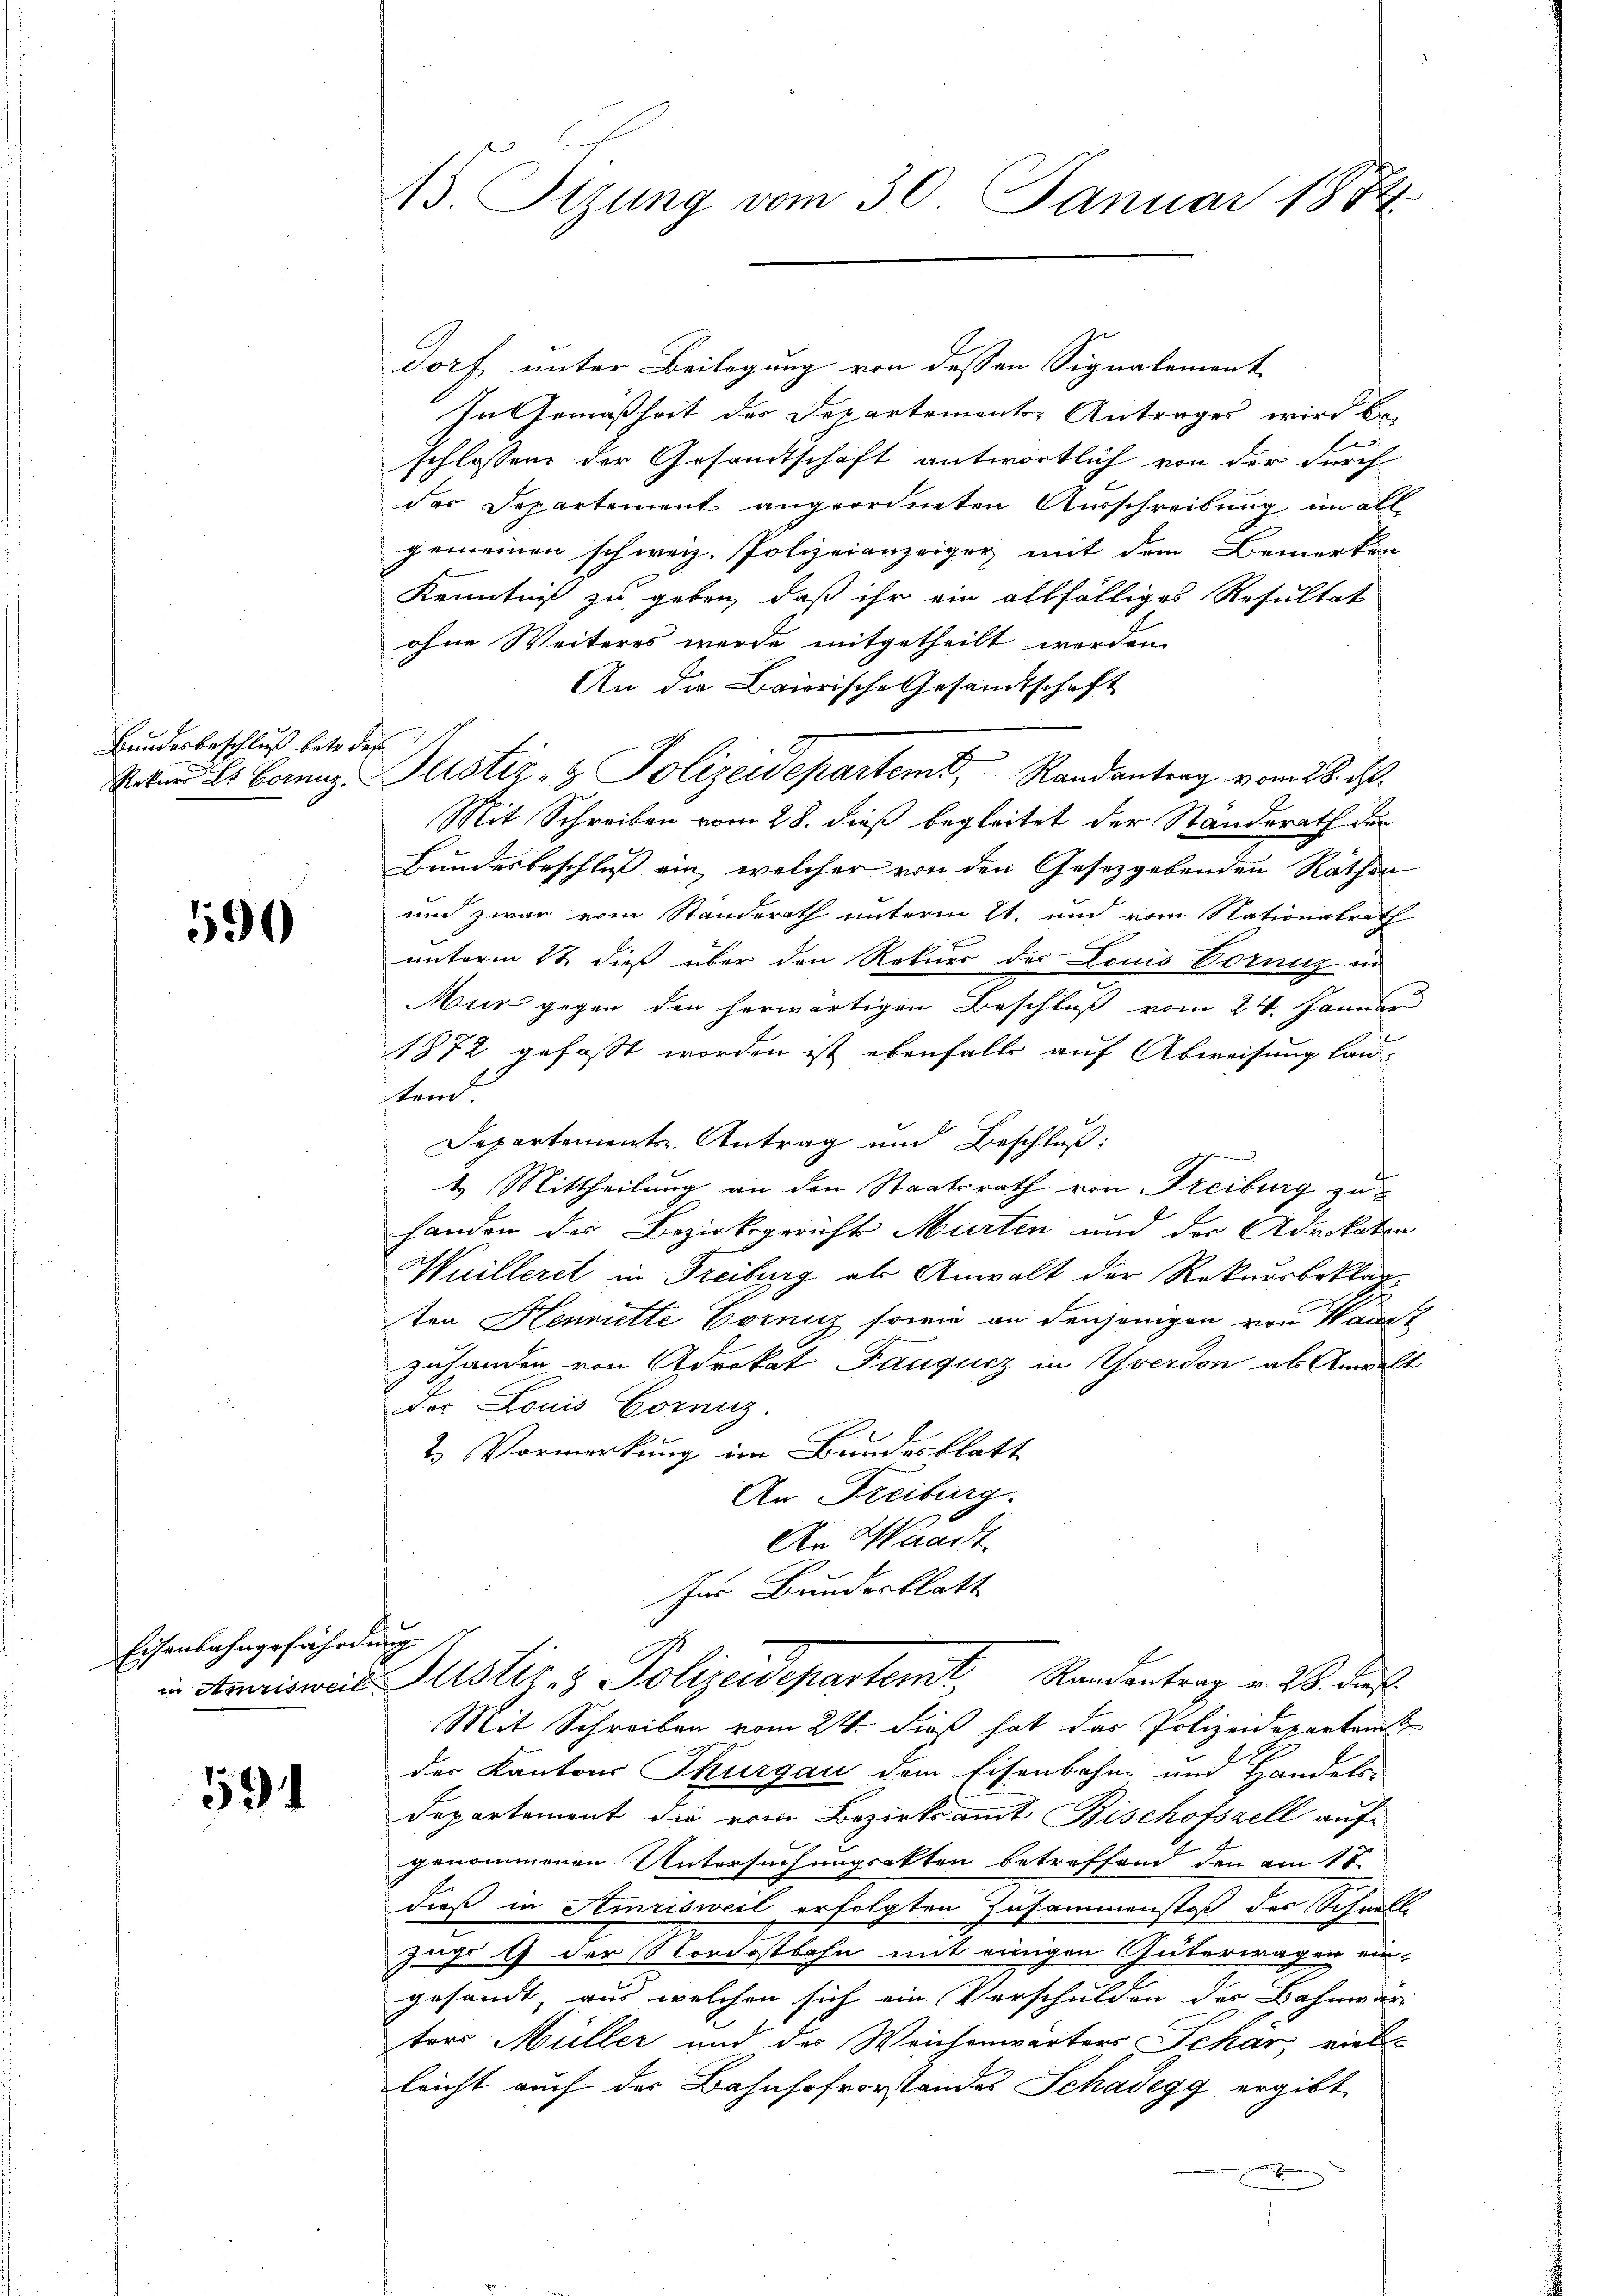
Bundesbeschluß betr. des

590

Eisenbahngefährdung

591

43. Stzung vom 30. Januar 1884

Dorf unter Beilegung von dessen Signalement
In Gemäßheit des Departements-Antrages wird be
schlossen der Gesandtschaft antwortlich von der durch
das Departement angeordneten Ausschreibung im all-
gemeinen schweiz. Polizeianzeiger mit dem Bemerken
Kenntniß zu geben, daß ihr ein allfälliges Resultat
ohne Weiteres wurde mitgetheilt werden.
An die Baierische Gesandtschaft
Mit Schreiben vom 28. dieß begleitet der Standerath der
Bundesbeschluß ein, welcher von den Gesetzgebenden Räthen
und zwar vom Standerath unterm 21. und vom Nationalrath
unterm 2t dieß über den Rekurs des Louis Voranz in
Mur gegen den herwärtigen Beschluß vom 24. Januar
1872 gefasst worden ist ebenfalls auf Abweisung lantend.
Departements Antrag und Beschluß:
4.) Mittheilung an den Staatsrath von Freiburg zu
handen des Bezirksgericht Murten und der Advokaten
Muilleret in Freiburg als Anwalt der Rekursbeklagten Hennitte Corniz sowie an denjenigen von Waadt
zuhanden von Advokat Pauqucz in Yverdon als Anwalt
Das Louis Corniz.
2. Vormerkung im Bundesblatt
An Freiburg.
An Waadt
für Bundesblatt
in Amrisweis Justiz- & Polizeidepartemt, Randantrag v. 28. dies
Mit Schreiben vom 24. dieß hat das Polizeidepartem
der Kantons Thurgau dem Eisenbahn und Handels-
Departement die vom Bezirksamt Bischofszell aufgenommenen Untersuchungsakten betreffend den am 17
dieß in Amrisweil erfolgten Zusammenstoß des Schnell
juge 9 der Nordostbahn mit einigen Güterwagen ein-
gesandt, aus welchen sich ein Verschulden der Bahnwärtors Müller und der Weichenwärters Schar, viel-
leicht auch der Bahnhofvorstandes Schadegg ergibt
x

Rober es Bornz. Justiz- & Polizeidepartemt, Randantrag vom 28. d.